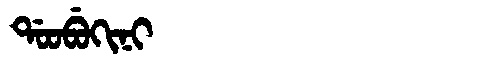
Manchu: ᡩᠣᠣᠪᡠᡴᡳᠨᡳ
Romanization: DOOBUKINI